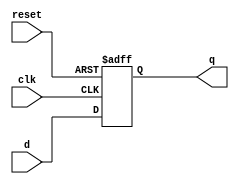
module flopr #(parameter WIDTH = 8)
(
    input  wire clk,
    input  wire reset,
    input  wire [WIDTH-1:0] d,
    output reg [WIDTH-1:0] q // Use wire
);

    always @(posedge clk or posedge reset)
    begin
        if (reset)
            q <= 'b0;
        else
            q <= d;
    end

endmodule